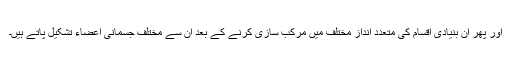
اور پھر ان بنیادی اقسام کی متعدد انداز مختلف میں مرکب سازی کرنے کے بعد ان سے مختلف جسمانی اعضاء تشکیل پاتے ہیں۔